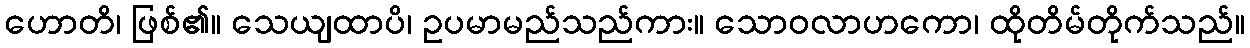
ဟောတိ၊ ဖြစ်၏။ သေယျထာပိ၊ ဥပမာမည်သည်ကား။ သောဝလာဟကော၊ ထိုတိမ်တိုက်သည်။